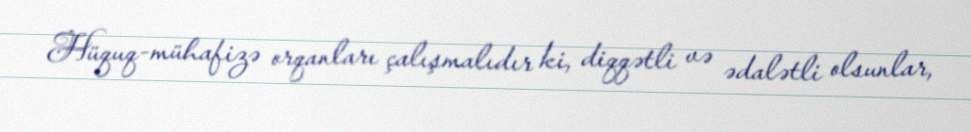
Hüquq-mühafizə orqanları çalışmalıdır ki, diqqətli və ədalətli olsunlar,